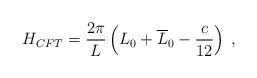
\begin{align*}H_{CFT}=\displaystyle\frac{2\pi }{L}\left( L_{0}+\overline{L}_{0}-\displaystyle\frac{c}{12}\right) \: ,\end{align*}